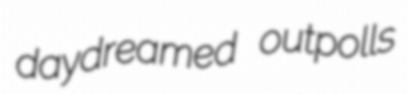
daydreamed outpolls